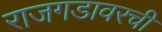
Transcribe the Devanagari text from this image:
राजगडावरची